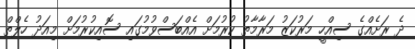
ދެ ރަށެއްގެ ސިއްހީ މަރުކަޒު މަރާމާތު ކުރުމަށް އެއްބަސްވުމުގައި ސޮއިކުރުމަށް މިއަދު ހެލްތް